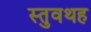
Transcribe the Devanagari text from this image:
स्तुवथह